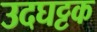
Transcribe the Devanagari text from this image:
उदघट्टक